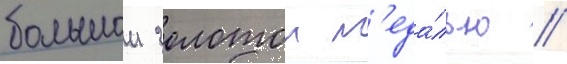
большои золотои м'еда́лью //